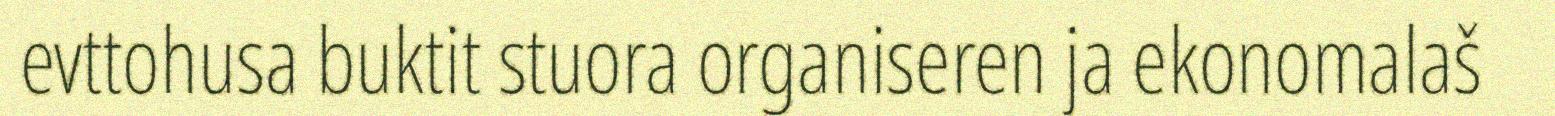
evttohusa buktit stuora organiseren ja ekonomalaš